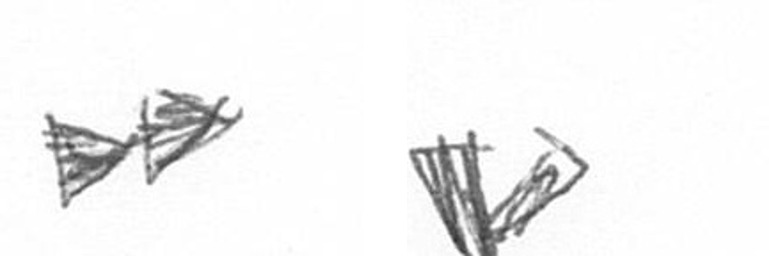
A F